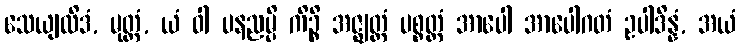
သေယျထိဒံ, မုတ္တံ, ယံ ဝါ ပနညမ္ပိ ကိဉ္စိ အဇ္ဈတ္တံ ပစ္စတ္တံ အာပေါ အာပေါဂတံ ဥပါဒိန္နံ, အယံ